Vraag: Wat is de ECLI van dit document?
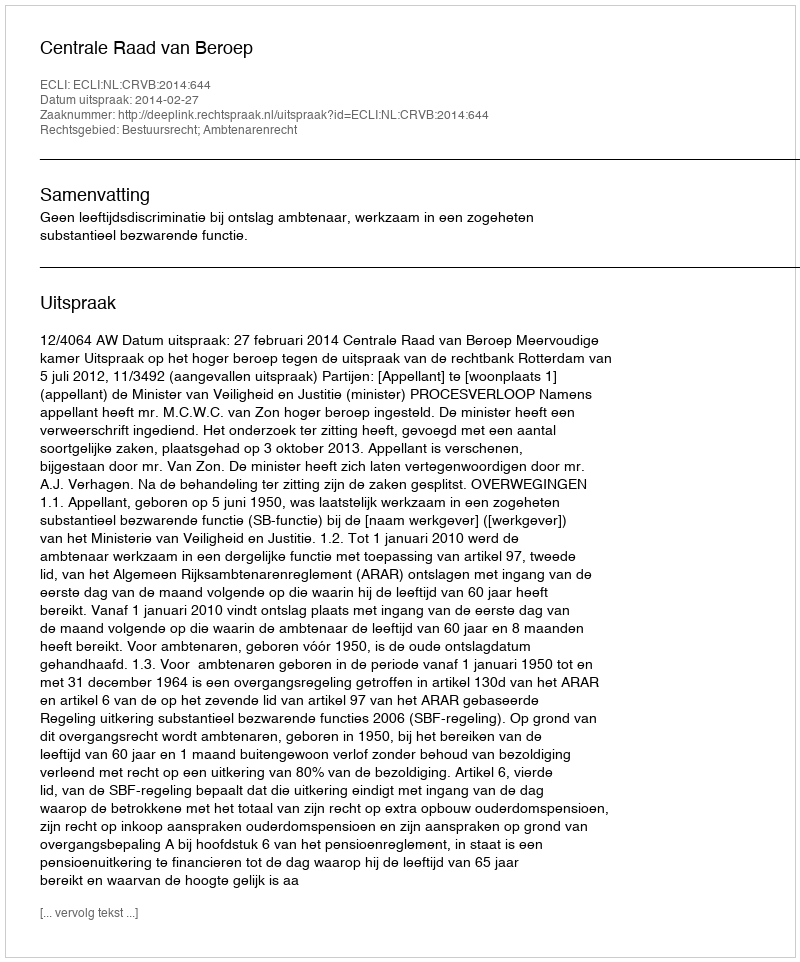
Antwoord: ECLI:NL:CRVB:2014:644